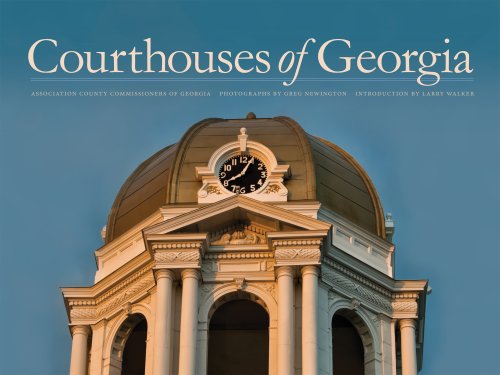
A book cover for Courthouses of Georgia; Association County Commissioners of Georgia; Arts & Photography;